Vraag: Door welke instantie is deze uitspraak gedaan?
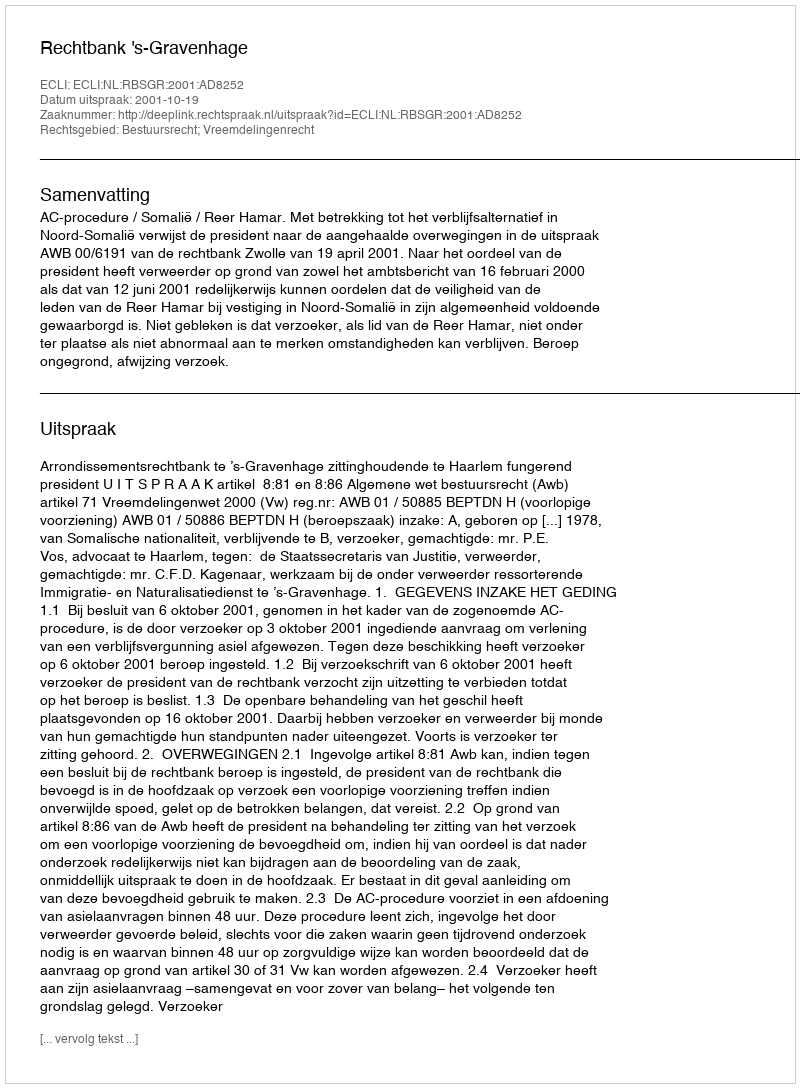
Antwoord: Rechtbank 's-Gravenhage